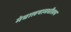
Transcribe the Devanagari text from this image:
मेघालयामधीलच